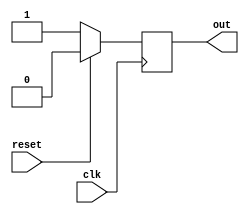
module falling_edge_trigger (
  input wire clk,
  input wire reset,
  output reg out
);

always @ (negedge clk) begin
  if (reset) begin
    out <= 0;
  end else begin
    // Implement synchronous logic functions here
    out <= 1;
  end
end

endmodule